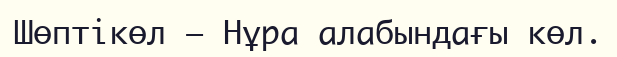
Шөптікөл – Нұра алабындағы көл.